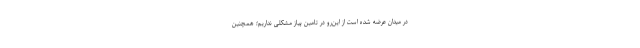
در میدان عرضه شده است از این‌رو در تامین پیاز مشکلی نداریم؛ همچنین